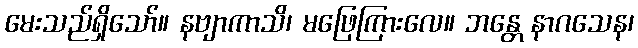
မေးသည်ရှိသော်။ နဗျာကာသိ၊ မဖြေကြားလေ။ ဘန္တေ နာဂသေန၊